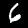
Label: 6